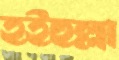
হইহুল্লা